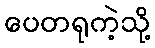
ပေတရုကဲ့သို့